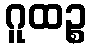
ဂူထဉ္စ